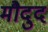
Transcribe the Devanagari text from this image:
मौदुद